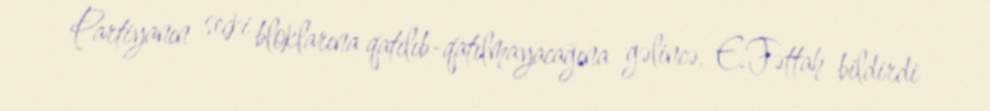
Partiyanın seçki bloklarına qatılıb-qatılmayacağına gəlincə, E.Fəttah bildirdi